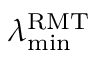
\lambda _ { \operatorname* { m i n } } ^ { \mathrm { R M T } }